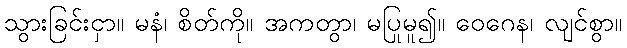
သွားခြင်းငှာ။ မနံ၊ စိတ်ကို။ အကတွာ၊ မပြုမူ၍။ ဝေဂေန၊ လျင်စွာ။